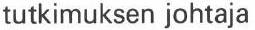
tutkimuksen johtaja